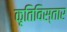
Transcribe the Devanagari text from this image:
कृतिविस्तार